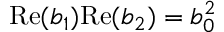
\mathrm { R e } ( b _ { 1 } ) \mathrm { R e } ( b _ { 2 } ) = b _ { 0 } ^ { 2 }